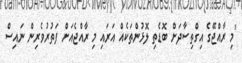
"މި ރާއްޖޭގެ އިގްތިސާދަށް ބޮޑެތި ލޮޅުންތަކެއް އަރައި މި ރާއްޖެއަށް ފަތުރުވެރިން ނައިސް